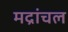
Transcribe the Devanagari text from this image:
मद्रांचल